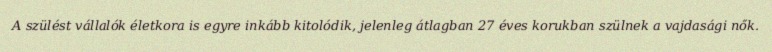
A szülést vállalók életkora is egyre inkább kitolódik, jelenleg átlagban 27 éves korukban szülnek a vajdasági nők.